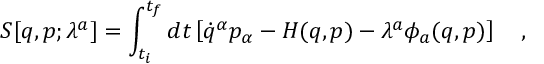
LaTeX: S [ q , p ; \lambda ^ { a } ] = \int _ { t _ { i } } ^ { t _ { f } } d t \left[ \dot { q } ^ { \alpha } p _ { \alpha } - H ( q , p ) - \lambda ^ { a } \phi _ { a } ( q , p ) \right] \ \ \ ,